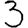
Digit: 3